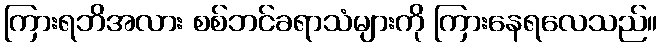
ကြားရဘိအလား စစ်ဘင်ခရာသံများကို ကြားနေရလေသည်။